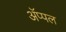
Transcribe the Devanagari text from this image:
अॅप्पल